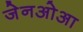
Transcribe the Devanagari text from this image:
जेनओआ